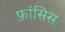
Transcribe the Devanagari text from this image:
फ़ांसिस